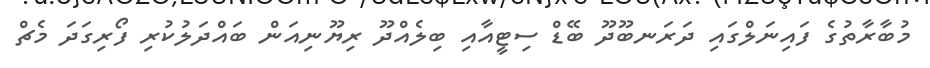
މުބާރާތުގެ ފައިނަލްގައި ދަރަނބޫދޫ ބޭޑް ސިޓީއާއި ބިލެއްދޫ ރިޔޫނިއަން ބައްދަލުކުރި ފޯރިގަދަ މެޗް